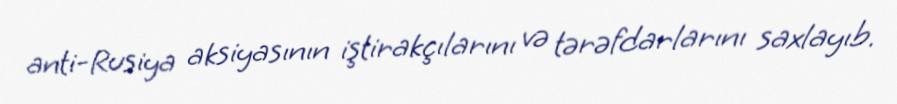
anti-Rusiya aksiyasının iştirakçılarını və tərəfdarlarını saxlayıb.